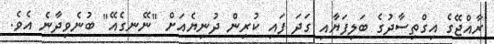
ރާއްޖޭގެ އިގްތިސާދުގެ ބަލިފަޔާއި ގަދަ ފައި ކުރިން ދުނިޔެއަށް "ނޭނގެއޭ" ބުނެވިދާނެ އެވެ.